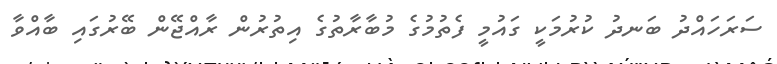
ސަރަހައްދު ބަނދު ކުރުމަކީ ގައުމީ ފެތުމުގެ މުބާރާތުގެ އިތުރުން ރާއްޖޭން ބޭރުގައި ބާއްވާ